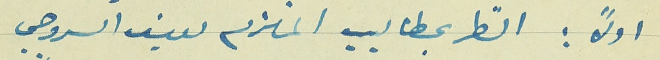
اولاً : النظر بمطاليب الملتزم يوسف السروجي